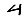
Digit: 4